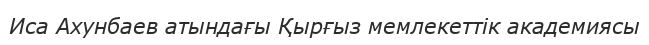
Иса Ахунбаев атындағы Қырғыз мемлекеттік академиясы